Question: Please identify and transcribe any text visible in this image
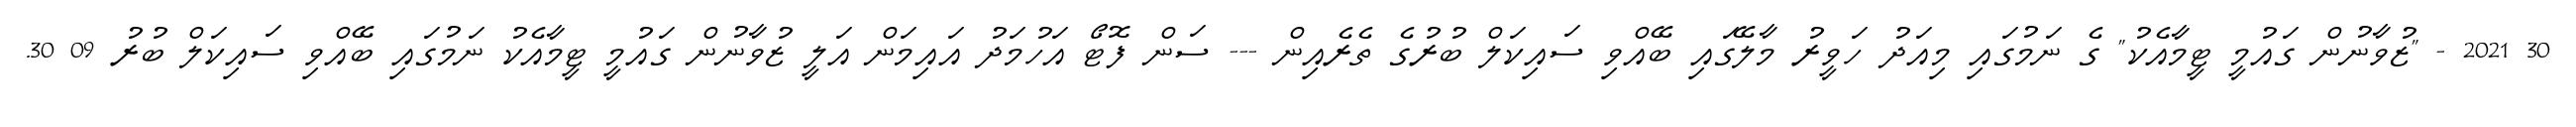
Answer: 30 2021 - "ޒުވާނުން ގައުމީ ޓީމާއެކު" ގެ ނަމުގައި މިއަދު ހަވީރު މާލޭގައި ބޭއްވި ސައިކަލް ބުރުގެ ތެރެއިން --- ސަން ފޮޓޯ އަހުމަދު އައިމަން އަލީ ޒުވާނުން ގައުމީ ޓީމާއެކު ނަމުގައި ބޭއްވި ސައިކަލް ބުރު 09 30.